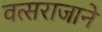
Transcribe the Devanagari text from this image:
वत्सराजाने